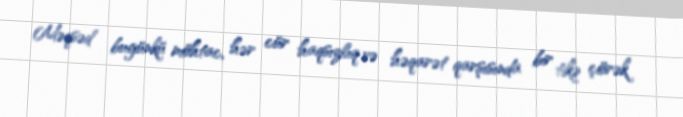
Məqsəd bugünkü möhtac, hər cür haqsızlıq və həqarət qarşısında bir tikə çörək